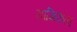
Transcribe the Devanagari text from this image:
याज्ञिकला